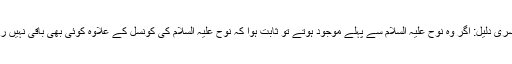
تیسری دلیل: اگر وہ نوح علیہ السلام سے پہلے موجود ہوتے تو ثابت ہوا کہ نوح علیہ السلام کی کونسل کے علاوہ کوئی بھی باقی نہیں رہا۔